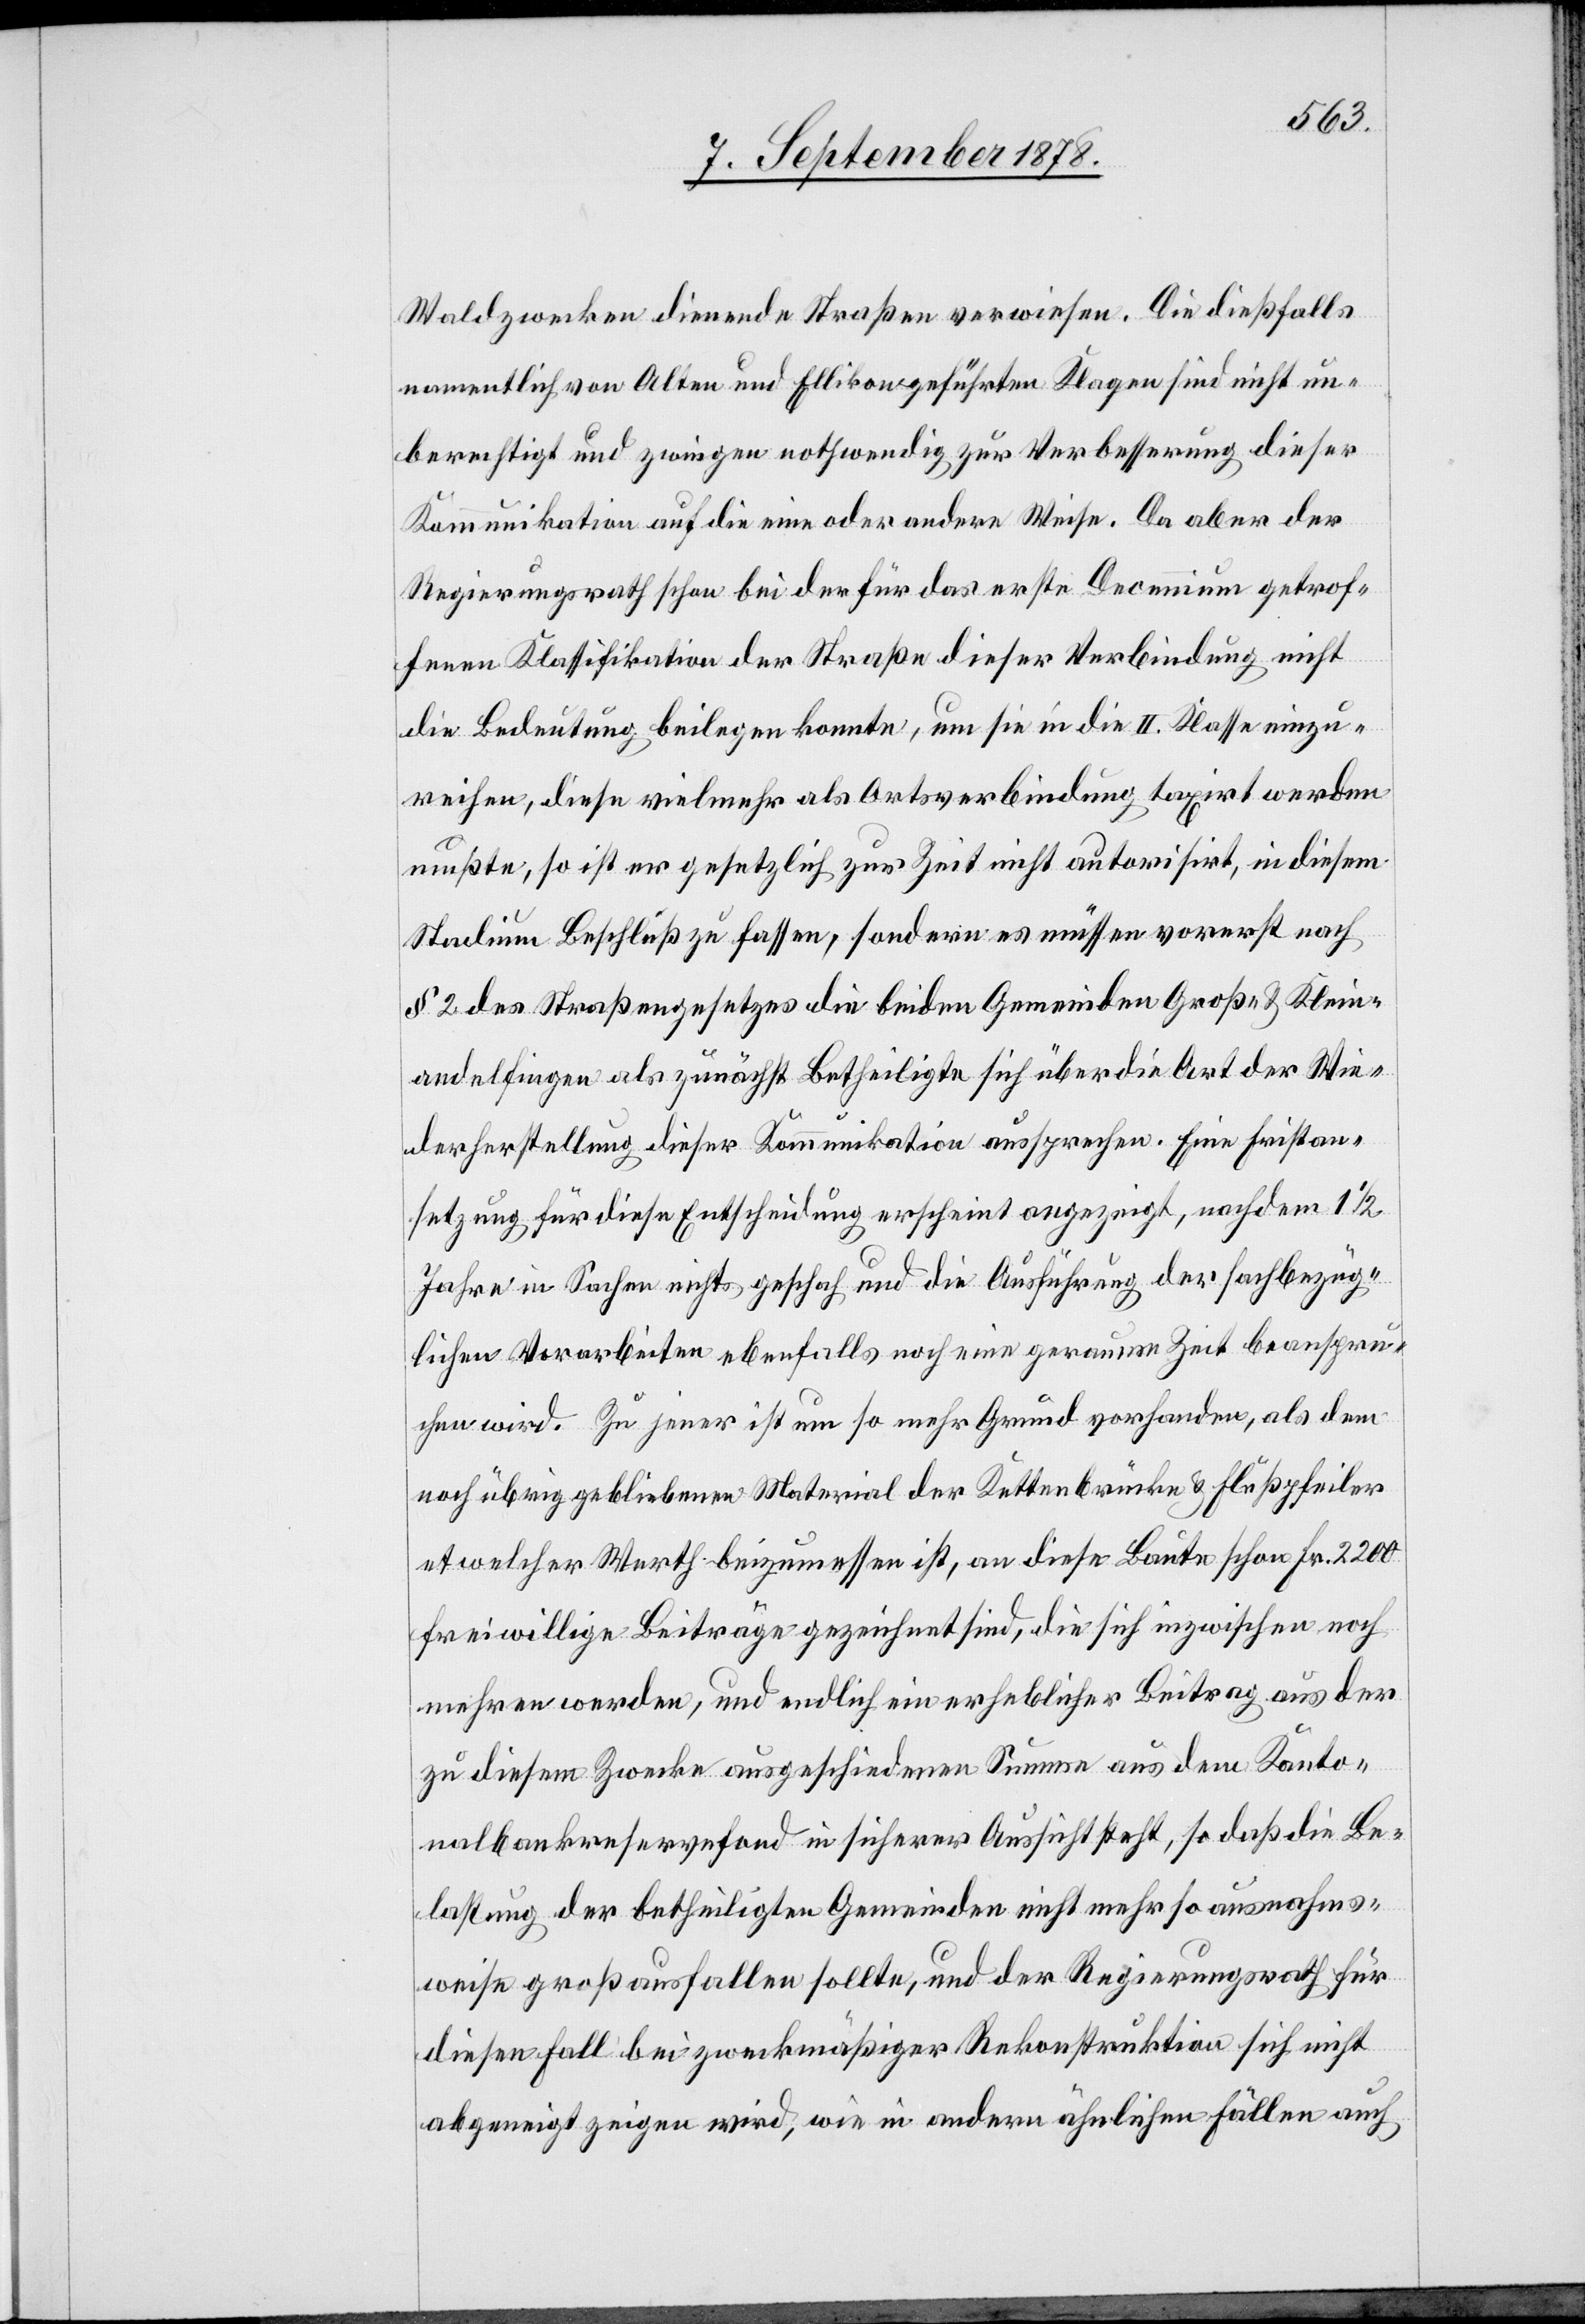
Waldzwecke dienenden Straßen verwiesen. Die dießfalls
namentlich von Alten und Ellikon geführten Klagen sind nicht un¬
berechtigt und zwingen nothwendig zur Verbesserung dieser
Kommunikation auf die eine oder andere Weise. Da aber der
Regierungsrath schon bei der für das erste Decennium getrof¬
fenen Klassifikation der Straße dieser Verbindung nicht
die Bedeutung beilegen konnte, um sie in die II. Klasse einzu¬
reihen, diese vielmehr als Ortsverbindung taxirt werden
mußte, so ist er gesetzlich zur Zeit nicht autorisirt, in diesem
Stadium Beschluß zu fassen, sondern es müssen vorerst nach
§ 2 des Straßengesetzes die beiden Gemeinden Groß- & Klein¬
andelfingen als zunächst Betheiligte sich über die Art der Wie¬
derherstellung dieser Kommunikation aussprechen. Eine Fristan¬
setzung für diese Entscheidung erscheint angezeigt, nachdem 1 1/2
Jahre in Sachen nichts geschah und die Ausführung der sachbezüg¬
lichen Vorarbeiten ebenfalls noch eine geraume Zeit beanspru¬
chen wird. Zu jener ist um so mehr Grund vorhanden, als dem
noch übrig gebliebenen Material der Kettenbrücke & Flußpfeiler
etwelcher Werth beizumessen ist, an diese Baute schon Fr. 2200
freiwillige Beiträge gezeichnet sind, die sich inzwischen noch
mehren werden, und endlich ein erheblicher Beitrag aus der
zu diesem Zwecke ausgeschiedenen Summe aus dem Kanto¬
nalbankreservefond in sicherer Aussicht steht, so daß die Be¬
lastung der betheiligten Gemeinden nicht mehr so ausnahms¬
weise groß ausfallen sollte, und der Regierungsrath für
diesen Fall bei zweckmäßiger Rekonstruktion sich nicht
abgeneigt zeigen wird, wie in andern ähnlichen Fällen auch